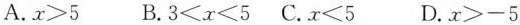
A.$$x > 5$$ B.$$3 < x < 5$$ C.$$x < 5$$ D.$$x > - 5$$